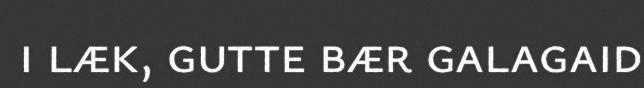
i læk, gutte bær galagaid